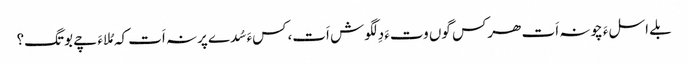
بلے اسلءَ چونہ اَت ھرکس گوں وتءَ دِلگوش اَت،کسءَ سُدے پرنہ اَت کہ مُلاءَ چے بوتگ؟